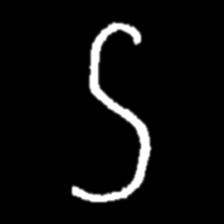
Pyu character \u2014 Myanmar letter: ဌ (romanized: ttha)